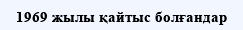
1969 жылы қайтыс болғандар